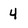
Character: 4